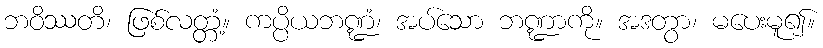
ဘဝိဿတိ၊ ဖြစ်လတ္တံ့။ ကပ္ပိယဘဏ္ဍံ၊ အပ်သော ဘဏ္ဍာကို။ အဒတွာ၊ မပေးမူ၍။